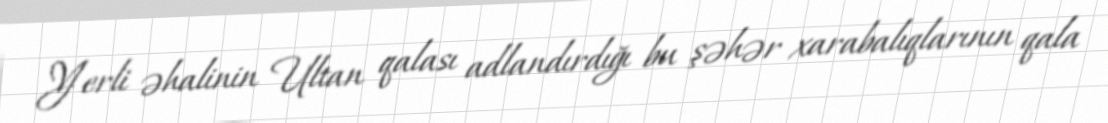
Yerli əhalinin Ultan qalası adlandırdığı bu şəhər xarabalıqlarının qala